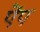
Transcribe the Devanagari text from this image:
ऐंप